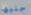
جنيها